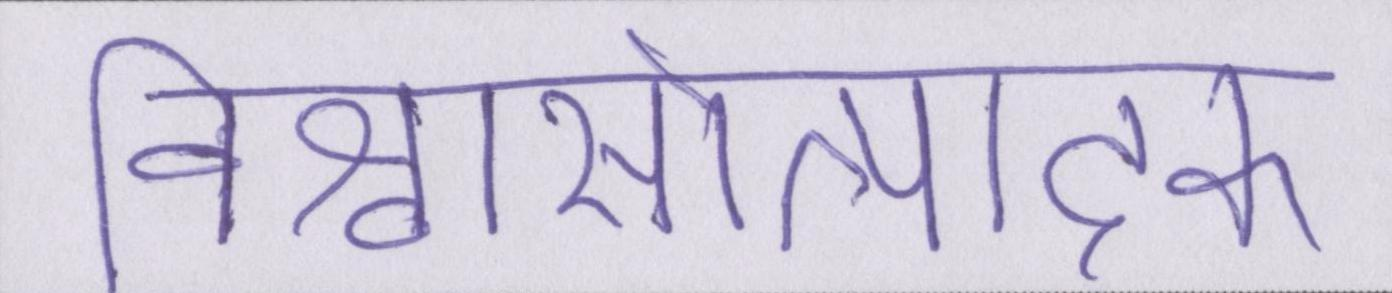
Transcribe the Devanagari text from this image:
विश्वासोत्पादक